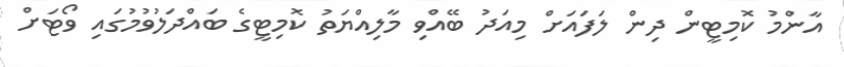
އާންމު ކޮމިޓީން ދިން ލަފައަށް މިއަދު ބޭއްވި މާލިއްޔަތު ކޮމިޓީގެ ބައްދަލުވުމުގައި ވޯޓަށް